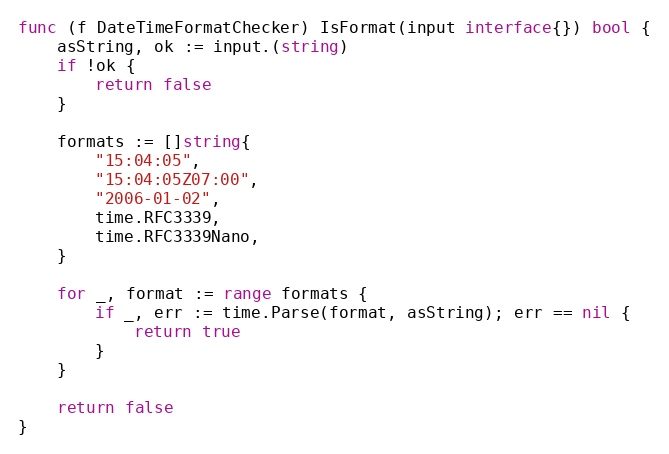
Language: Go
func (f DateTimeFormatChecker) IsFormat(input interface{}) bool {
	asString, ok := input.(string)
	if !ok {
		return false
	}

	formats := []string{
		"15:04:05",
		"15:04:05Z07:00",
		"2006-01-02",
		time.RFC3339,
		time.RFC3339Nano,
	}

	for _, format := range formats {
		if _, err := time.Parse(format, asString); err == nil {
			return true
		}
	}

	return false
}